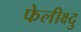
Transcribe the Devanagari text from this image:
फेलीक्ष्दु